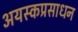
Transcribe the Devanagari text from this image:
अयस्कप्रसाधन